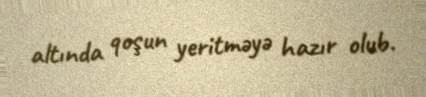
altında qoşun yeritməyə hazır olub.